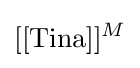
[[{\text{Tina}}]]^{M}